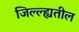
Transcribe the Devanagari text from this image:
जिल्ल्ह्यतील